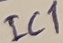
Text: IC1